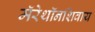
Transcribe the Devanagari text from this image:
मॅरेथॉनशिवाय